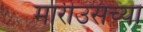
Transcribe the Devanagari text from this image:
मारीउसच्या